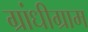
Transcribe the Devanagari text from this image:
ग्रांधीग्राम